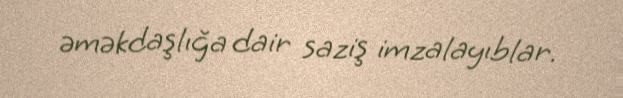
əməkdaşlığa dair saziş imzalayıblar.